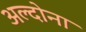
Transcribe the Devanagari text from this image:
अल्दोना